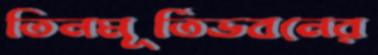
তিনমূর্তিভবনের